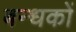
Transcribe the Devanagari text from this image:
बन्धकों